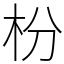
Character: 枌